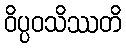
ဝိပ္ပဝသိဿတိ